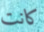
كانت